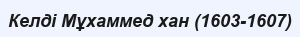
Келді Мұхаммед хан (1603-1607)